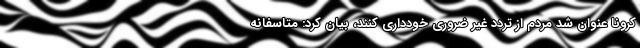
کرونا عنوان شد مردم از تردد غیر ضروری خودداری کنند، بیان کرد: متاسفانه